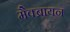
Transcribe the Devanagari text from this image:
मैक्ब्रायन